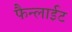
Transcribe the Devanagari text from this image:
फैन्लाईट